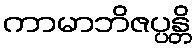
ကာမာဘိဇပ္ပန္တိ